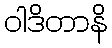
ဝါဒိတာနိ